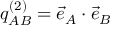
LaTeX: q _ { A B } ^ { ( 2 ) } = { \vec { e } } _ { A } \cdot { \vec { e } } _ { B }